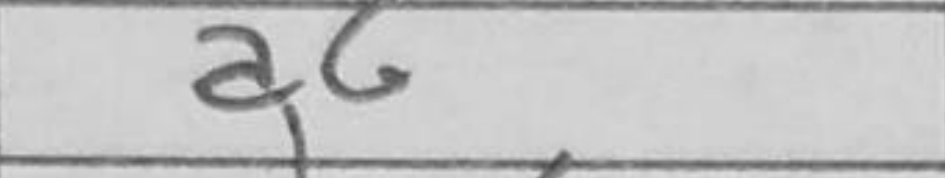
Transcription: a6